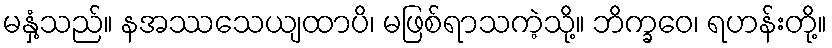
မနှံ့သည်။ နအဿသေယျထာပိ၊ မဖြစ်ရာသကဲ့သို့။ ဘိက္ခဝေ၊ ရဟန်းတို့။